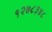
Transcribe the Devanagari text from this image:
१२७८३४८